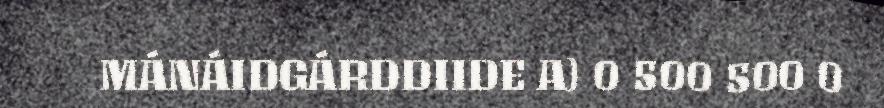
MÁNÁIDGÁRDDIIDE A) 0 500 500 0